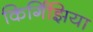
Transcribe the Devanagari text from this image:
किर्गिझिया